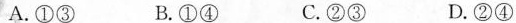
A.①③ B.①④ C.②③ D.②④